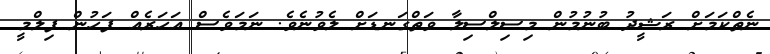
ނެތްކަމަށް ރަޝީދު ބުނުމުން މިސިލްސިލާ ވަތްގަނޑަށް ލެވުނެވެ. ނަމަވެސް އަހަރެއް ފަހުން ފިލްމީ